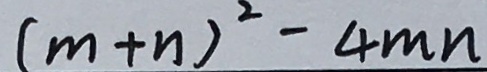
( m + n ) ^ { 2 } - 4 m n